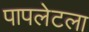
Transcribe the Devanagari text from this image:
पापलेटला